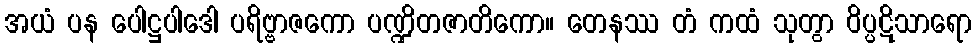
အယံ ပန ပေါဋ္ဌပါဒေါ ပရိဗ္ဗာဇကော ပဏ္ဍိတဇာတိကော။ တေနဿ တံ ကထံ သုတွာ ဝိပ္ပဋိသာရော